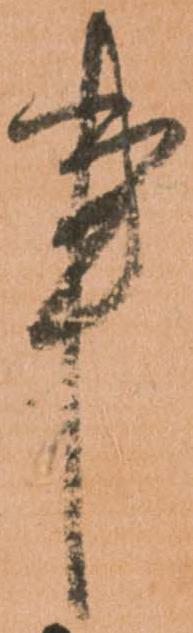
事